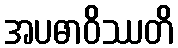
အပဓာဝိဿတိ